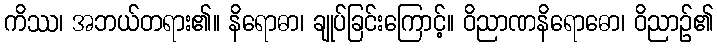
ကိဿ၊ အဘယ်တရား၏။ နိရောဓာ၊ ချုပ်ခြင်းကြောင့်။ ဝိညာဏနိရောဓော၊ ဝိညာဉ်၏